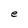
Character: e